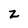
Character: Z